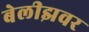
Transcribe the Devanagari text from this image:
बेलीझवर